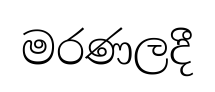
මරණලදී